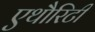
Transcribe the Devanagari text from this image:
एथौरिटी